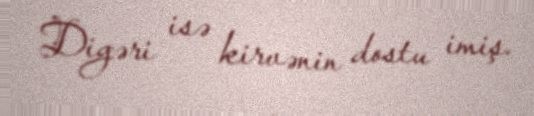
Digəri isə kirvənin dostu imiş.